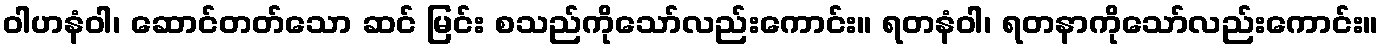
ဝါဟနံဝါ၊ ဆောင်တတ်သော ဆင် မြင်း စသည်ကိုသော်လည်းကောင်း။ ရတနံဝါ၊ ရတနာကိုသော်လည်းကောင်း။